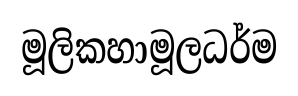
මූලිකහාමූලධර්ම